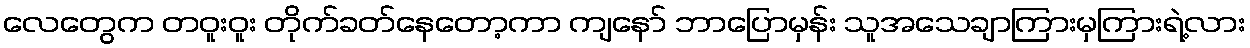
လေတွေက တဝူးဝူး တိုက်ခတ်နေတော့ကာ ကျနော် ဘာပြောမှန်း သူအသေချာကြားမှကြားရဲ့လား